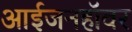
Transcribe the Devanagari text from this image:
आईजनहॉवर